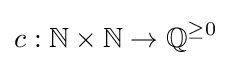
c:\mathbb {N} \times \mathbb {N} \to \mathbb {Q} ^{\geq 0}